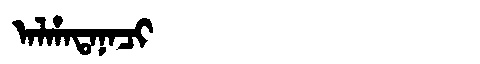
Manchu: ᠠᠯᡥᠠᡨᠠᠨᠠᠴᡳ
Romanization: ALHATANACI